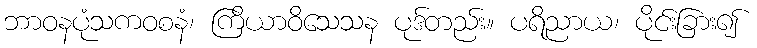
ဘာဝနပုံသကဝစနံ၊ ကြိယာဝိသေသန ပုဒ်တည်း။ ပရိညာယ၊ ပိုင်းခြား၍